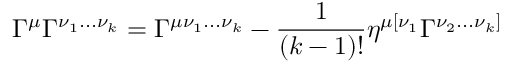
\Gamma ^ { \mu } \Gamma ^ { \nu _ { 1 } . . . \nu _ { k } } = \Gamma ^ { \mu \nu _ { 1 } . . . \nu _ { k } } - { \frac { 1 } { ( k - 1 ) ! } } \eta ^ { \mu [ \nu _ { 1 } } \Gamma ^ { \nu _ { 2 } . . . \nu _ { k } ] }